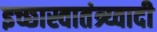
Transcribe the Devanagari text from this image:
इच्छास्वातंत्र्य्वादी